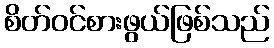
စိတ်ဝင်စားဖွယ်ဖြစ်သည်